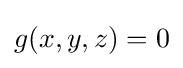
g(x,y,z)=0